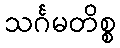
သင်္ဂမတိစ္စ